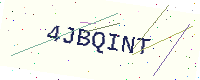
Text: 4JBQINT